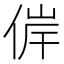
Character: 𠊀